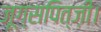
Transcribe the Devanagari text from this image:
ज़ूग्सपित्ज़ी।